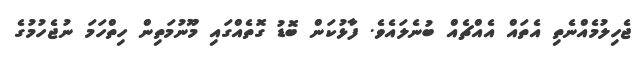
ޖެހިލުމެއްނެތި އެތައް އެއްޗެއް ބުނެލައެވެ. ފާޅުކަން ބޮޑު ގޮތެއްގައި މޫނުމަތިން ހިތްހަމަ ނުޖެހުމުގެ